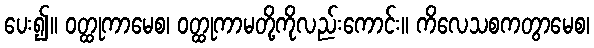
ပေး၍။ ဝတ္ထုကာမေစ၊ ဝတ္ထုကာမတို့ကိုလည်းကောင်း။ ကိလေသစကတွာမေစ၊